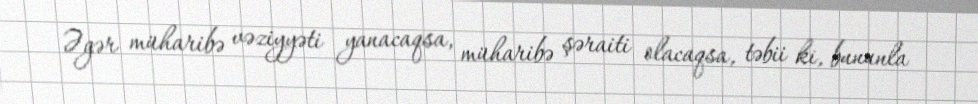
Əgər müharibə vəziyyəti yanacaqsa, müharibə şəraiti olacaqsa, təbii ki, bununla